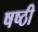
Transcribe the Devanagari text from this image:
षष्‍ठी